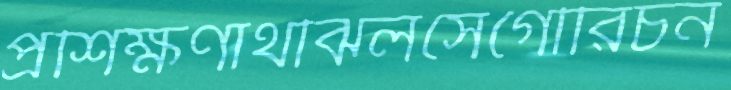
প্রশিক্ষণার্থীঝলসেগৌরিচন